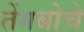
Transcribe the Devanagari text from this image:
तेंगबोचे